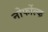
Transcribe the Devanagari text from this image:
नोर्फोल्क